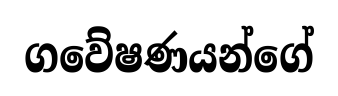
ගවේෂණයන්ගේ